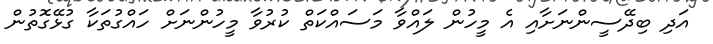
އަދި ބިދޭސީންނަށާއި އެ މީހުން ލައްވާ މަސައްކަތް ކުރުވާ މީހުންނަށް ހައްގުތަކާ ގުޅޭގޮތުން